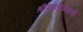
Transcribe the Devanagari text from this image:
श्रीमहाराजांमध्यें